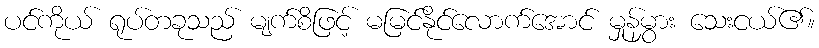
ပင်ကိုယ် ရုပ်တခုသည် မျက်စိဖြင့် မမြင်နိုင်လောက်အောင် မှုန်မွှား သေးငယ်၏။